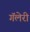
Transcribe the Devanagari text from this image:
गॅलेरी